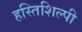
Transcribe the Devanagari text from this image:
हस्तिशिल्पी